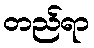
တည်ရာ